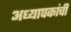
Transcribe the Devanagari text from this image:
अध्यापकांची